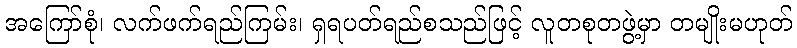
အကြော်စုံ၊ လက်ဖက်ရည်ကြမ်း၊ ရှရပတ်ရည်စသည်ဖြင့် လူတစုတဖွဲ့မှာ တမျိုးမဟုတ်